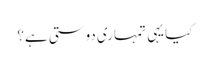
کیا یہی تمہاری دوستی ہے؟